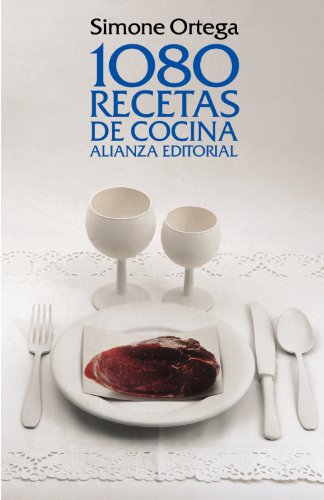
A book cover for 1080 recetas de cocina / 1080 cooking recipes (Spanish Edition); Simone Ortega; Cookbooks, Food & Wine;